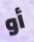
أو